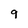
Character: 9